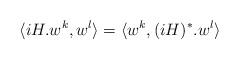
LaTeX: \begin{align*} \langle iH.w^k,w^l\rangle=\langle w^k,(iH)^*.w^l\rangle\end{align*}